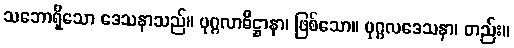
သဘောရှိသော ဒေသနာသည်။ ပုဂ္ဂလာဓိဋ္ဌာနာ၊ ဖြစ်သော။ ပုဂ္ဂလဒေသနာ၊ တည်း။